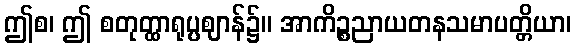
ဤစ၊ ဤ စတုတ္ထာရုပ္ပဈာန်၌။ အာကိဉ္စညာယတနသမာပတ္တိယာ၊